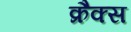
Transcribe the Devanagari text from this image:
क्रैक्‍स